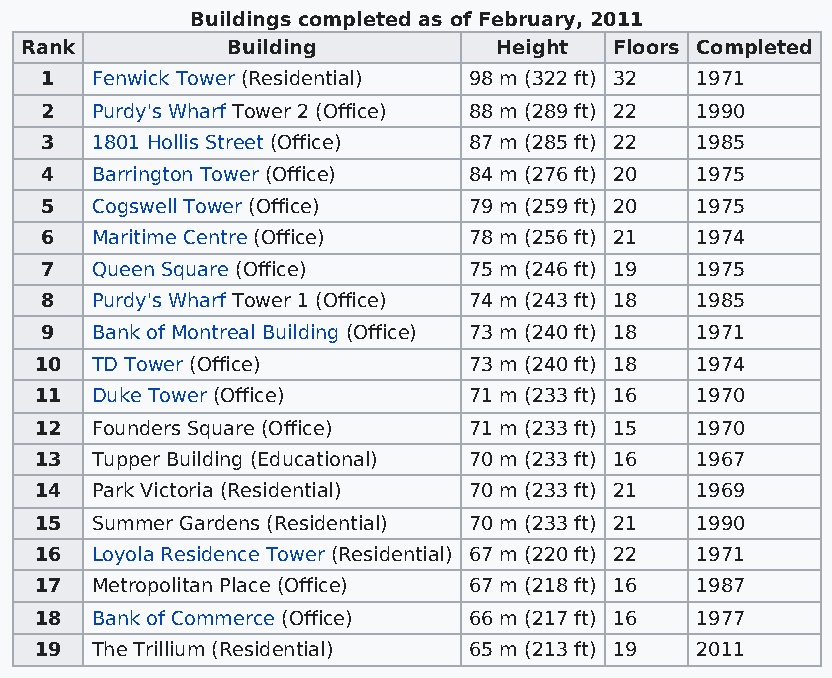
Buildings completed as of February, 2011
 Rank          Building          Height  Floors Completed
 1  Fenwick Tower (Residential) 98 m (322 ft) 32 1971
 2  Purdy's Wharf Tower 2 (Office) 88 m (289 ft) 22 1990
 3  1801 Hollis Street (Office) 87 m (285 ft) 22 1985
 4  Barrington Tower (Office) 84 m (276 ft) 20 1975
 5  Cogswell Tower (Office)  79 m (259 ft) 20 1975
 6  Maritime Centre (Office) 78 m (256 ft) 21 1974
 7  Queen Square (Office)    75 m (246 ft) 19 1975
 8  Purdy's Wharf Tower 1 (Office) 74 m (243 ft) 18 1985
 9  Bank of Montreal Building (Office) 73 m (240 ft) 18 1971
 10  TD Tower (Office)        73 m (240 ft) 18 1974
 11  Duke Tower (Office)      71 m (233 ft) 16 1970
 12  Founders Square (Office) 71 m (233 ft) 15 1970
 13  Tupper Building (Educational) 70 m (233 ft) 16 1967
 14  Park Victoria (Residential) 70 m (233 ft) 21 1969
 15  Summer Gardens (Residential) 70 m (233 ft) 21 1990
 16  Loyola Residence Tower (Residential) 67 m (220 ft) 22 1971
 17  Metropolitan Place (Office) 67 m (218 ft) 16 1987
 18  Bank of Commerce (Office) 66 m (217 ft) 16 1977
 19  The Trillium (Residential) 65 m (213 ft) 19 2011